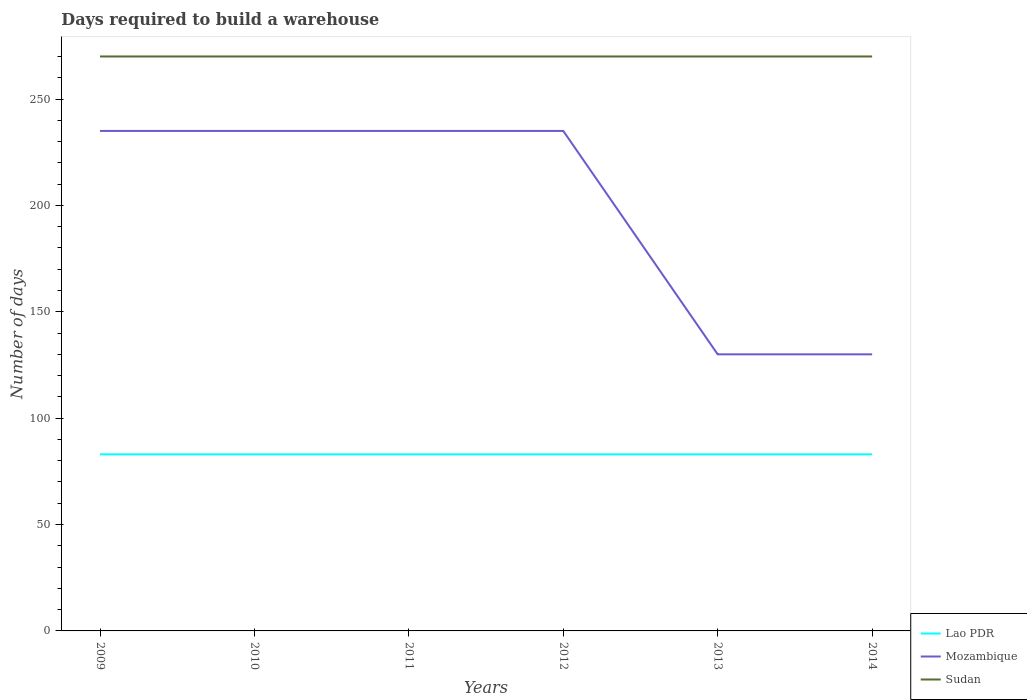
| Years | Lao PDR | Mozambique | Sudan |
 | --- | --- | --- | --- |
 | 2009 | 83 | 235 | 270 |
 | 2010 | 83 | 235 | 270 |
 | 2011 | 83 | 235 | 270 |
 | 2012 | 83 | 235 | 270 |
 | 2013 | 83 | 130 | 270 |
 | 2014 | 83 | 130 | 270 |